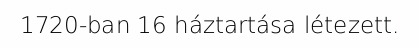
1720-ban 16 háztartása létezett.